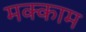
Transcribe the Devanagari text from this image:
मक्काम